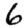
Digit: 6